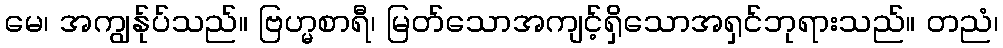
မေ၊ အကျွန်ုပ်သည်။ ဗြဟ္မစာရီ၊ မြတ်သောအကျင့်ရှိသောအရှင်ဘုရားသည်။ တညံ၊